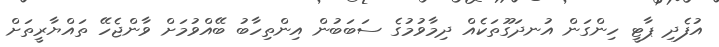
އުފެދި ޕާޓީ ހިންގަން އުނދަގޫތަކެއް ދިމާވުމުގެ ސަބަބުން އިންތިހާބު ބޭއްވުމަށް ވާންޖެހޭ ތައްޔާރީތަށް